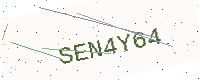
Text: SEN4Y64